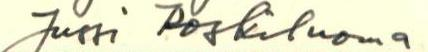
Jussi Koskiluoma